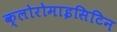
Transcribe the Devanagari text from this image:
क्लोरोमाइसिटिन